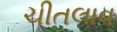
ચીતલાવ